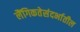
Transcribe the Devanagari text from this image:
लैंगिकतेसंदर्भातील